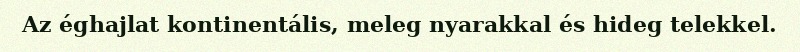
Az éghajlat kontinentális, meleg nyarakkal és hideg telekkel.